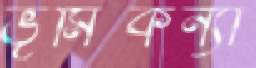
ভূমিকন্যা